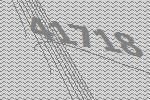
41718